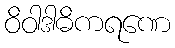
ဝိဝါဒါဓိကရဏေ